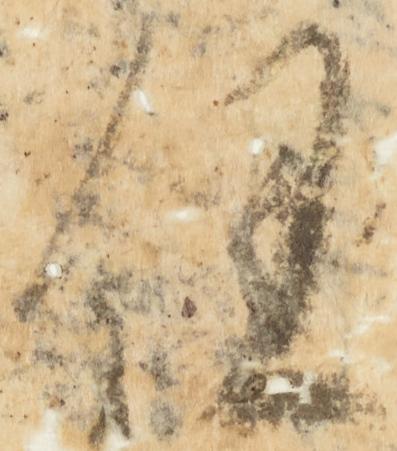
仼